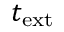
t _ { \mathrm { e x t } }